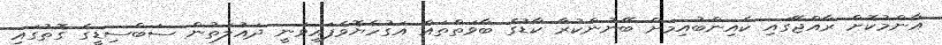
އާންމުކޮށް ރާއްޖޭގައި ކެއިންބުއިމަށް ބޭނުންކުރާ ކާޑުގެ ބާވަތްތައް އަގުހެޔޮވެފައިވަނީ ދައުލަތުން ސަބްސިޑީގެ ގޮތުގައި